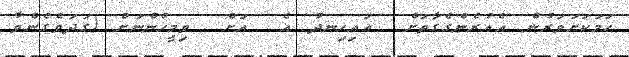
ހަމަކަށަވަރުން އެއުރެންގެގާތަށް  އައިހިނދު އެ  އަށް  ވިމީހުންނަށް (ގަދަވެގެންވާ